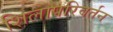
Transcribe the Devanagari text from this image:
शिलापरिवर्तन